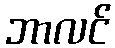
ဘာလင်